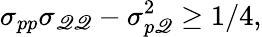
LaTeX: \sigma_{pp}\sigma_{\mathscr{Q}\mathscr{Q}}-\sigma_{p\mathscr{Q}}^{2}\ge1/4,